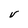
Character: V